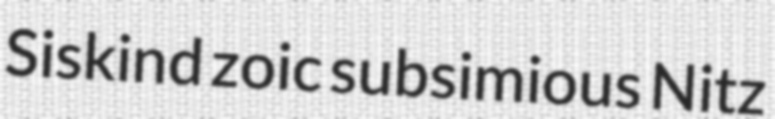
Siskind zoic subsimious Nitz